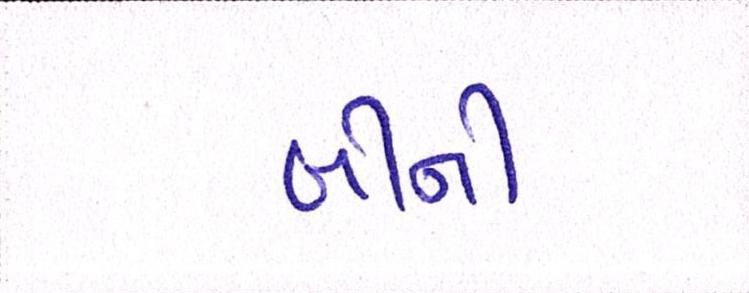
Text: બીની